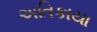
અતિકાયા